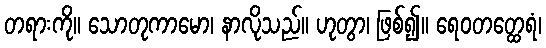
တရားကို။ သောတုကာမော၊ နာလိုသည်။ ဟုတွာ၊ ဖြစ်၍။ ရေဝတတ္ထေရံ၊